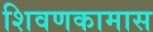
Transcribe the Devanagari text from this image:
शिवणकामास